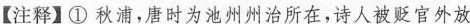
【注释】①秋浦，唐时为池州州治所在，诗人被贬官外放